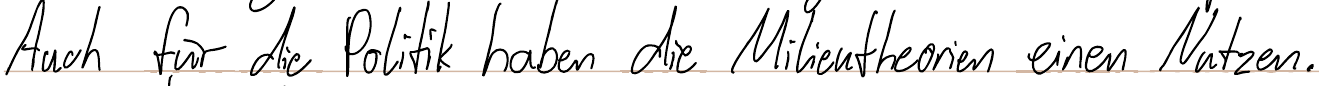
Auch für die Politik haben die Milieutheorien einen Nutzen.